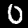
Digit: 0